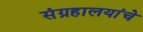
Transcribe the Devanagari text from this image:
संग्रहालयांचे